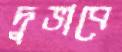
দুভাবে